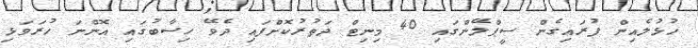
ހުޅުލެއިން ފުރައިގެން ސީޕްލޭންގައި 40 މިނިޓް ދަތުރުކޮށްފައި ދެވޭ ހިސާބުގައި އޮންނަ ހުރަވަޅި